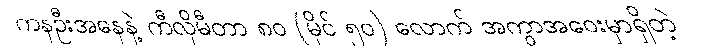
ကနဦးအနေနဲ့ ကီလိုမီတာ ၈၀ (မိုင် ၅၀) လောက် အကွာအဝေးမှာရှိတဲ့